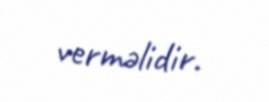
verməlidir.